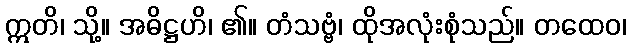
ဣတိ၊ သို့။ အဓိဋ္ဌဟိ၊ ၏။ တံသဗ္ဗံ၊ ထိုအလုံးစုံသည်။ တထေဝ၊